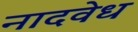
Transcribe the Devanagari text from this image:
नादवेध